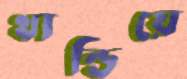
থান্ডিয়ে